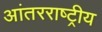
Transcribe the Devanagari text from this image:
आंतरराष्‍ट्रीय